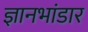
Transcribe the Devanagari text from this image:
ज्ञानभांडार